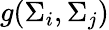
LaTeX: g(\Sigma_{i},\Sigma_{j})